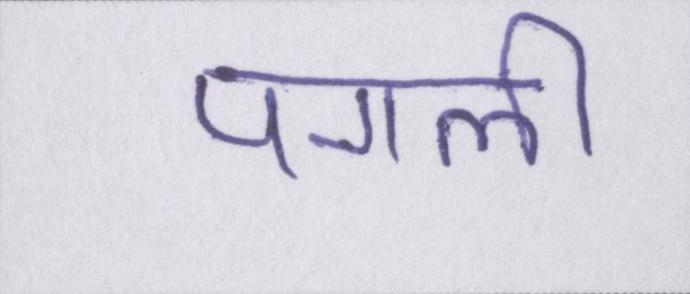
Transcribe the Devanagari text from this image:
पगली